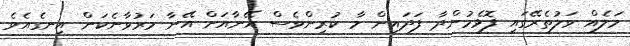
މަލެއް ވަލުތެރޭގައި ފޮޅެމުންދާ ފަދައިން މާ ކުރިންވެސް އޭނާއަށް އޭނާ މަރުވާނެކަން އިނގެއެވެ